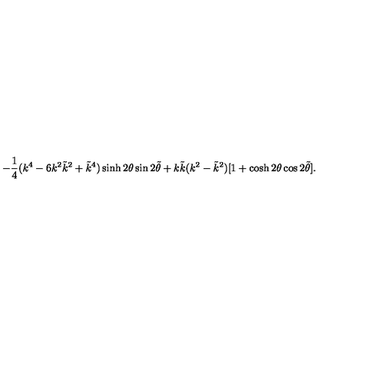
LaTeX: - \frac { 1 } { 4 } ( k ^ { 4 } - 6 k ^ { 2 } \tilde { k } ^ { 2 } + \tilde { k } ^ { 4 } ) \sinh 2 \theta \sin 2 \tilde { \theta } + k \tilde { k } ( k ^ { 2 } - \tilde { k } ^ { 2 } ) [ 1 + \cosh 2 \theta \cos 2 \tilde { \theta } ] .